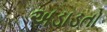
અડાડતો